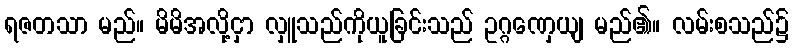
ရဇတသာ မည်။ မိမိအလို့ငှာ လှူသည်ကိုယူခြင်းသည် ဥဂ္ဂဏှေယျ မည်၏။ လမ်းစသည်၌